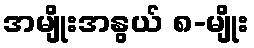
အမျိုးအနွယ် ၈-မျိုး